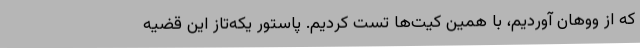
که از ووهان آوردیم، با همین کیت‌ها تست کردیم. پاستور یکه‌تاز این قضیه